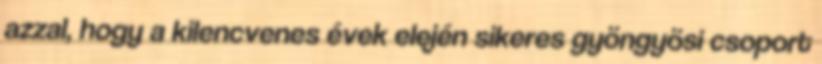
azzal, hogy a kilencvenes évek elején sikeres gyöngyösi csoport